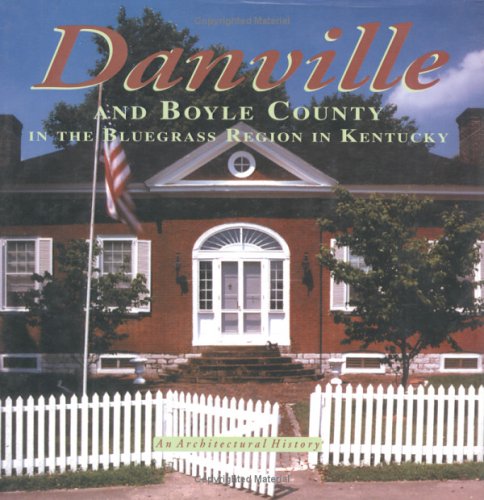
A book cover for Danville and Boyle County; Mary Jo Joseph; Travel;